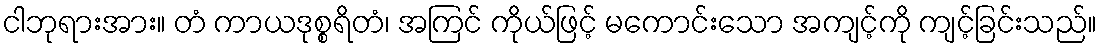
ငါဘုရားအား။ တံ ကာယဒုစ္စရိတံ၊ အကြင် ကိုယ်ဖြင့် မကောင်းသော အကျင့်ကို ကျင့်ခြင်းသည်။